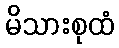
မိသားစုထံ